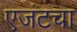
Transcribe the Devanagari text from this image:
एजंटचा